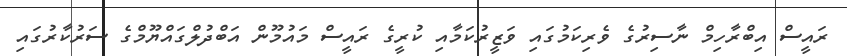
ރައީސް އިބްރާހިމް ނާސިރުގެ ވެރިކަމުގައި ވަޒީރުކަމާއި ކުރީގެ ރައީސް މައުމޫން އަބްދުލްގައްޔޫމްގެ ސަރުކާރުގައި